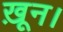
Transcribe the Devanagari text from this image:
ख़ून।